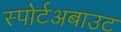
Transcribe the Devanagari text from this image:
स्पोर्टअबाउट